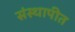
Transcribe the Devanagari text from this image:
संस्थापीत